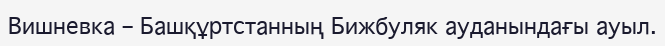
Вишневка – Башқұртстанның Бижбуляк ауданындағы ауыл.